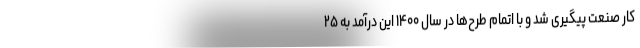
کار صنعت پیگیری شد و با اتمام طرح‌ها در سال ۱۴۰۰ این درآمد به ۲۵